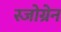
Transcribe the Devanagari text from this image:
स्जोग्रेन